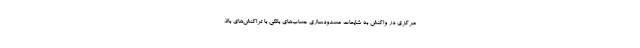
مرکزی در واکنش به شایعات مسدودسازی حساب‌های بانکی با تراکنش‌های بالا،